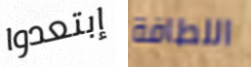
إبتعدوا اللطافة